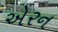
એરન